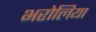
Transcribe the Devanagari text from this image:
भरोलिया